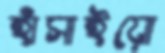
হাঁসাইয়ো